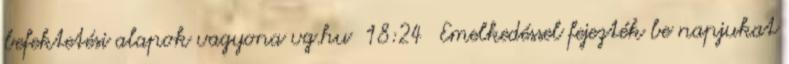
befektetési alapok vagyona vg.hu 18:24 Emelkedéssel fejezték be napjukat